General report no. 6 on the lunatic asylums, vaccination and dispensaries in the Bengal Presidency, 1873 -
Year: 1873
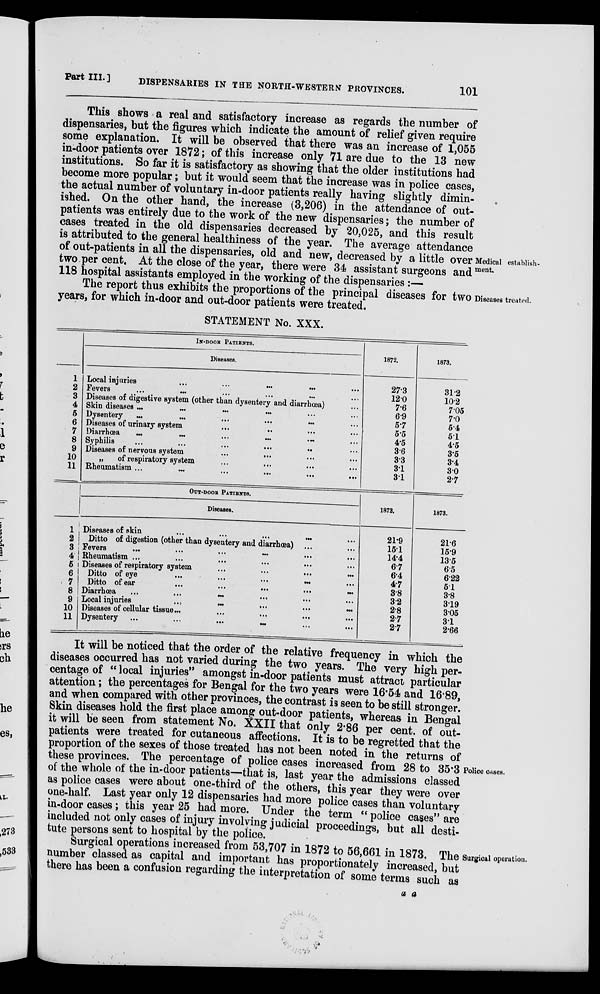
Part III.]
DISPENSARIES IN THE NORTH-WESTERN PROVINCES.
101
Medical establish-
ment.
This shows a real and satisfactory increase as regards the number of
dispensaries, but the figures which indicate the amount of relief given require
some explanation. It will be observed that there was an increase of 1,055
in-door patients over 1872; of this increase only 71 are due to the 13 new
institutions. So far it is satisfactory as showing that the older institutions had
become more popular; but it would seem that the increase was in police cases,
the actual number of voluntary in-door patients really having slightly dimin-
ished. On the other hand, the increase (3,206) in the attendance of out-
patients was entirely due to the work of the new dispensaries; the number of
cases treated in the old dispensaries decreased by 20,025, and this result
is attributed to the general healthiness of the year. The average attendance
of out-patients in all the dispensaries, old and new, decreased by a little over
two per cent. At the close of the year, there were 34 assistant surgeons and
118 hospital assistants employed in the working of the dispensaries :—
Diseases treated.
The report thus exhibits the proportions of the principal diseases for two
years, for which in-door and out-door patients were treated.
STATEMENT No. XXX.
1
2
3
4
5
6
7
8
9
10
11
IN-DOOR PATIENTS.
Diseases.
Local injuries
...
...
... ... ...
Fevers ... ... ... ... ... ...
Diseases of digestive system (other than dysentery and diarrhoea) ...
Skin diseases ...
...
...
...
...
...
Dysentery ... ... ... ... ... ...
Diseases of urinary system ... ... ... ...
Diarrhœa ... ... ... ... ... ...
Syphilis ... ... ... ... ... ...
Diseases of nervous system ... ... ... ...
„
of respiratory system ... ... ... ...
Rheumatism ...
...
...
...
...
...
OUT-DOOR PATIENTS.
Diseases.
1
2
3
4
6
6
7
8
9
10
11
Diseases of skin ... ... ... ... ...
Ditto of digestion (other than dysentery and diarrhœa) ... ...
Fevers ... ... ... ... ... ...
Rheumatism ... ... ... ... ... ...
Diseases of respiratory system ... ... ... ...
Ditto of eye ... ... ... ... ...
Ditto of ear ... ... ... ... ...
Diarrhœea
...
...
... ... ... ...
Local injuries ... ... ... ... ...
Diseases of cellular tissue... ... ... ... ...
Dysentery ... ... ... ... ... ...
1872.
27.3
12.0
7.6
6.9
5.7
5.5
4.5
36
33
31
31
1872.
21.9
15.1
14.4
6.7
6.4
4.7
3.8
3.2
2.8
2.7
2.7
1873.
31.2
10.2
7.05
7.0
5.4
5.1
4.5
3.5
3.4
3.0
2.7
1873.
21.6
15.9
13.5
6.5
6.22
5.1
3.8
3.19
3.05
3.1
2.66
Police cases.
It will be noticed that the order of the relative frequency in which the
diseases occurred has not varied during the two years. The very high per-
centage of " local injuries" amongst in-door patients must attract particular
attention; the percentages for Bengal for the two years were 16.54 and 16.89,
and when compared with other provinces, the contrast is seen to be still stronger.
Skin diseases hold the first place among out-door patients, whereas in Bengal
it will be seen from statement No. XXII that only 2.86 per cent. of out-
patients were treated for cutaneous affections. It is to be regretted that the
proportion of the sexes of those treated has not been noted in the returns of
these provinces. The percentage of police cases increased from 28 to 35.3
of the whole of the in-door patients—that is, last year the admissions classed
as police cases were about one-third of the others, this year they were over
one-half. Last year only 12 dispensaries had more police cases than voluntary
in-door cases; this year 25 had more. Under the term " police cases" are
included not only cases of injury involving judicial proceedings, but all desti-
tute persons sent to hospital by the police.
Surgical operation.
Surgical operations increased from 53,707 in 1872 to 56,661 in 1873. The
number classed as capital and important has proportionately increased, but
there has been a confusion regarding the interpretation of some terms such as
a a